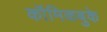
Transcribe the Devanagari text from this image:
कॉमिकबुके